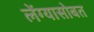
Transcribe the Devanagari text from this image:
लेंग्यासोबत